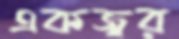
একজ্বর